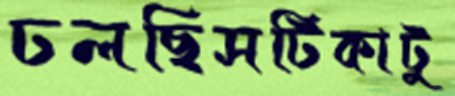
ঢলছিসটিকাটু